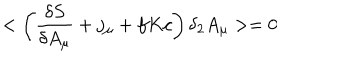
< \left( \frac { \delta S } { \delta A _ { \mu } } + j _ { \mu } + f K c \right) \delta _ { 2 } A _ { \mu } > = 0